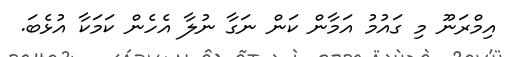
އިމްރަނޫ މި ގައުމު އަމާން ކަން ނަގާ ނުލާ އެހެން ކަމަކާ އުޅެބަ.